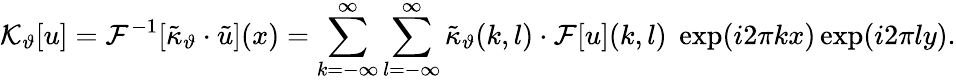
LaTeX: \mathcal{K}_{\vartheta}[u]=\mathcal{F}^{-1}[\tilde{\kappa}_{\vartheta}\cdot\tilde{u}](x)=\sum_{k=-\infty}^{\infty}\sum_{l=-\infty}^{\infty}\tilde{\kappa}_{\vartheta}(k,l)\cdot\mathcal{F}[u](k,l)\; \exp(i2\pi kx)\exp(i2\pi ly).